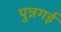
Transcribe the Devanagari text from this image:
पुन्नगई